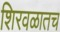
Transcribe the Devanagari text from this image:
शिरवळातच